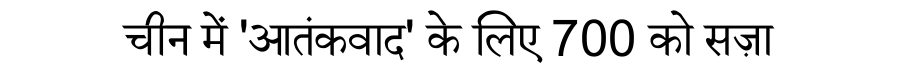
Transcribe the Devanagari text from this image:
चीन में 'आतंंकवाद' के लिए 700 को सज़ा